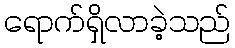
ရောက်ရှိလာခဲ့သည်